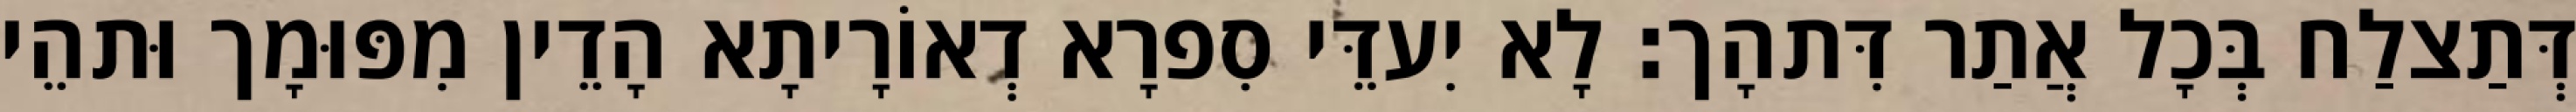
דְּתַצלַח בְּכָל אֲתַר דִּתהָך׃ לָא יִעדֵּי סִפרָא דְאוֹרָיתָא הָדֵין מִפּוּמָך וּתהֵי